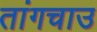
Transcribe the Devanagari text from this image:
तांगचाउ